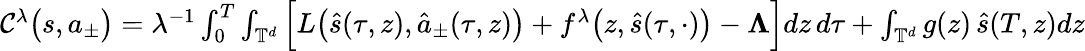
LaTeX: \begin{array}{r}{\mathcal{C}^{\lambda}\big(s,a_{\pm}\big)=\lambda^{-1}\int_{0}^{T}\int_{\mathbb{T}^{d}}\Big[L\big(\hat{s}(\tau,z),\hat{a}_{\pm}(\tau,z)\big)+f^{\lambda}\big(z,\hat{s}(\tau,\cdot)\big)-\boldsymbol\Lambda\Big]dz\, d\tau+\int_{\mathbb{T}^{d}}g(z)\, \hat{s}(T,z)dz}\end{array}